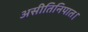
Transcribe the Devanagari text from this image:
असीतिनिपात।